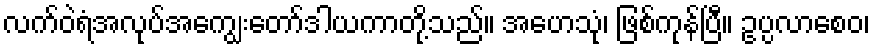
လက်ဝဲရံအလုပ်အကျွေးတော်ဒါယကာတို့သည်။ အဟေသုံ၊ ဖြစ်ကုန်ပြီ။ ဥပ္ပလာစေဝ၊